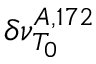
\delta \nu _ { T _ { 0 } } ^ { A , 1 7 2 }